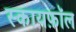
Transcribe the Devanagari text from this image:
स्कायफ़ॉल